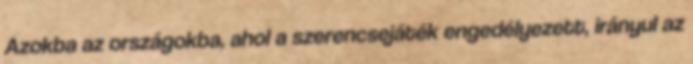
Azokba az országokba, ahol a szerencsejáték engedélyezett, irányul az